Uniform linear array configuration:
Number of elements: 4
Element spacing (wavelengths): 0.75
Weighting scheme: kaiser
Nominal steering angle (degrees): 45
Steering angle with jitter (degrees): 44.974
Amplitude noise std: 0.05
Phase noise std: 0.05

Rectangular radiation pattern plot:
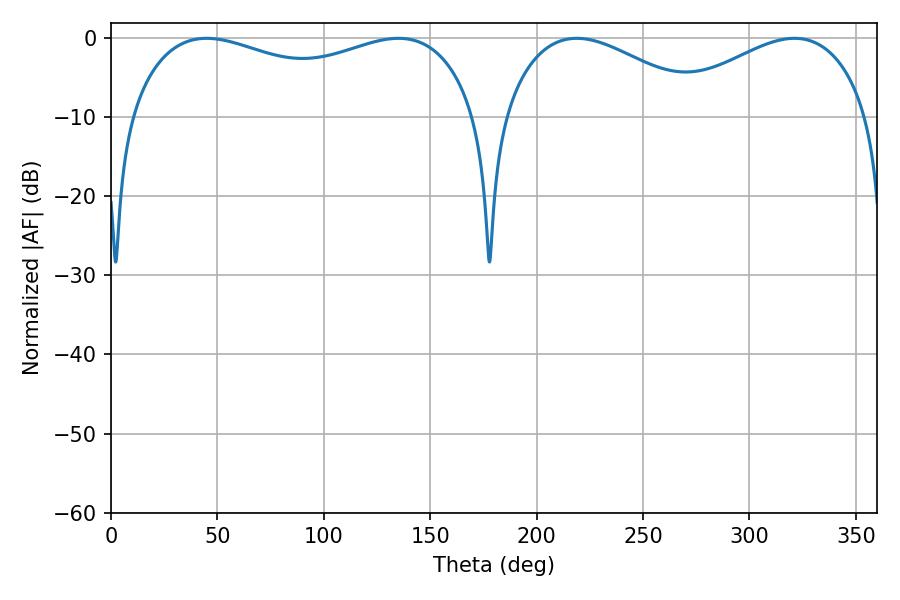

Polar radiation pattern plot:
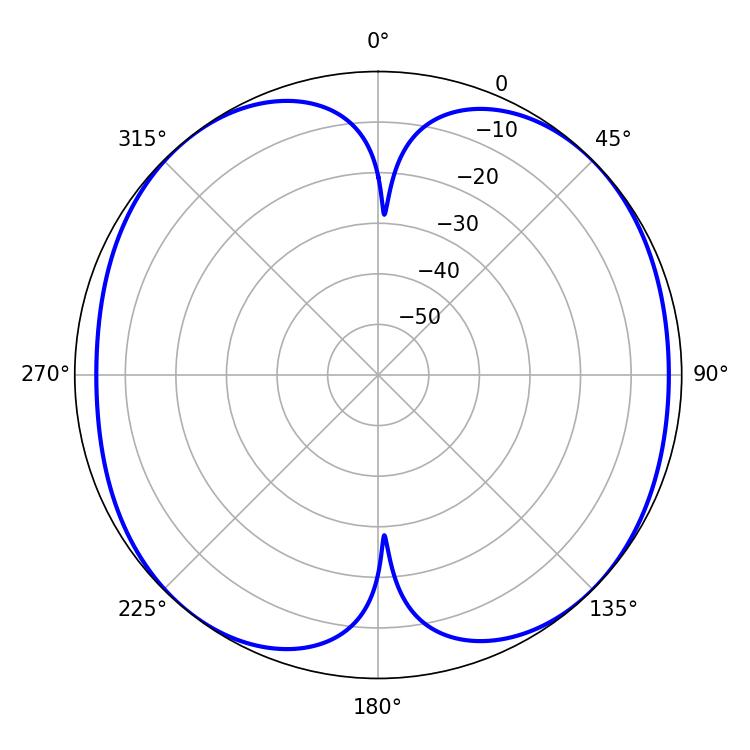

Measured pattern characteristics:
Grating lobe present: TRUE
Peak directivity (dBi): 10.738
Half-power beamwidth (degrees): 52.74
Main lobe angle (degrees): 218.88